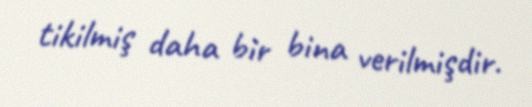
tikilmiş daha bir bina verilmişdir.